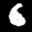
Label: 6